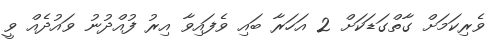
ވެރިކަމަށް ގާތްގަޑަކަށް 2 އަހަރާ ބައި ވެފައިވާ އިރު ފުއްދުނު ވައުދެއް ވީ